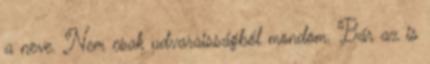
a neve. Nem csak udvaraisságból mondom. Bár az is